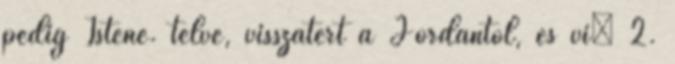
pedig Istené. telve, visszatért a Jordántól, és vi− 2.